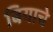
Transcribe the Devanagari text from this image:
बियाचे